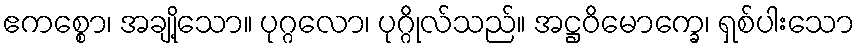
ဧကစ္စော၊ အချို့သော။ ပုဂ္ဂလော၊ ပုဂ္ဂိုလ်သည်။ အဋ္ဌဝိမောက္ခေ၊ ရှစ်ပါးသော